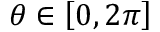
\theta \in \left[ 0 , 2 \pi \right]